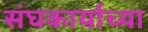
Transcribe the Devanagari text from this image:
संघकार्याच्या